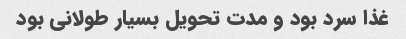
غذا سرد بود و مدت تحویل بسیار طولانی بود